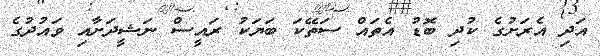
އަދި އެރަށުގެ ކުދި ބޮޑު އެތައް ސަތޭކަ ބަޔަކު ރައީސް ނަޝީދަށާއި ވައުދުގެ